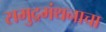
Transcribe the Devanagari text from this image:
समुद्रमंथनाचा